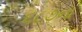
૬૮૭ના